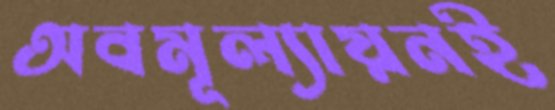
অবমূল্যায়নই